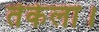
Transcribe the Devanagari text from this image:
तेकेला।